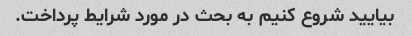
بیایید شروع کنیم به بحث در مورد شرایط پرداخت.